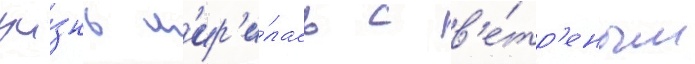
жи́знь м'ир'и́лась с в'е́тр'еным